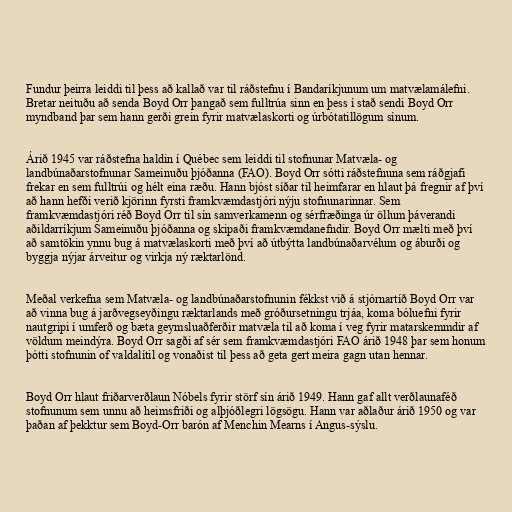
Fundur þeirra leiddi til þess að kallað var til ráðstefnu í Bandaríkjunum um matvælamálefni.
Bretar neituðu að senda Boyd Orr þangað sem fulltrúa sinn en þess í stað sendi Boyd Orr
myndband þar sem hann gerði grein fyrir matvælaskorti og úrbótatillögum sínum.

Árið 1945 var ráðstefna haldin í Québec sem leiddi til stofnunar Matvæla- og
landbúnaðarstofnunar Sameinuðu þjóðanna (FAO). Boyd Orr sótti ráðstefnuna sem ráðgjafi
frekar en sem fulltrúi og hélt eina ræðu. Hann bjóst síðar til heimfarar en hlaut þá fregnir af því
að hann hefði verið kjörinn fyrsti framkvæmdastjóri nýju stofnunarinnar. Sem
framkvæmdastjóri réð Boyd Orr til sín samverkamenn og sérfræðinga úr öllum þáverandi
aðildarríkjum Sameinuðu þjóðanna og skipaði framkvæmdanefndir. Boyd Orr mælti með því
að samtökin ynnu bug á matvælaskorti með því að útbýtta landbúnaðarvélum og áburði og
byggja nýjar árveitur og virkja ný ræktarlönd.

Meðal verkefna sem Matvæla- og landbúnaðarstofnunin fékkst við á stjórnartíð Boyd Orr var
að vinna bug á jarðvegseyðingu ræktarlands með gróðursetningu trjáa, koma bóluefni fyrir
nautgripi í umferð og bæta geymsluaðferðir matvæla til að koma í veg fyrir matarskemmdir af
völdum meindýra. Boyd Orr sagði af sér sem framkvæmdastjóri FAO árið 1948 þar sem honum
þótti stofnunin of valdalítil og vonaðist til þess að geta gert meira gagn utan hennar.

Boyd Orr hlaut friðarverðlaun Nóbels fyrir störf sín árið 1949. Hann gaf allt verðlaunaféð
stofnunum sem unnu að heimsfriði og alþjóðlegri lögsögu. Hann var aðlaður árið 1950 og var
þaðan af þekktur sem Boyd-Orr barón af Menchin Mearns í Angus-sýslu.